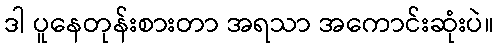
ဒါ ပူနေတုန်းစားတာ အရသာ အကောင်းဆုံးပဲ။